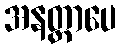
အနတ္တာပေ